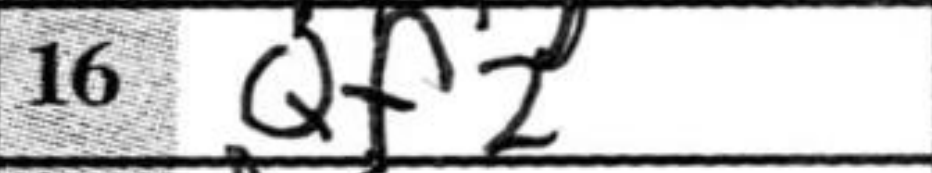
Transcription: Qf2